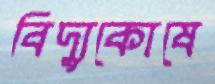
বিদ্যুকোষে